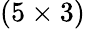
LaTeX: (5\times 3)